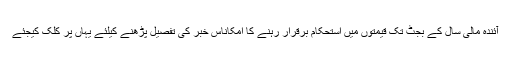
آئندہ مالی سال کے بجٹ تک قیمتوں میں استحکام برقرار رہنے کا امکاناس خبر کی تفصیل پڑھنے کیلئے یہاں پر کلک کیجئے